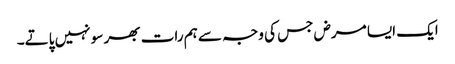
ایک ایسا مرض جس کی وجہ سے ہم رات بھر سو نہیں پاتے۔